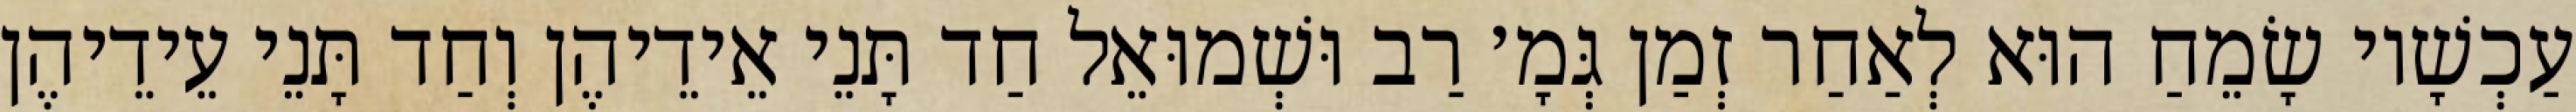
עַכְשָׁיו שָׂמֵחַ הוּא לְאַחַר זְמַן גְּמָ׳ רַב וּשְׁמוּאֵל חַד תָּנֵי אֵידֵיהֶן וְחַד תָּנֵי עֵידֵיהֶן